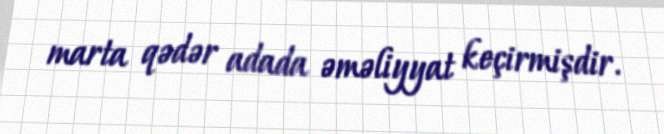
marta qədər adada əməliyyat keçirmişdir.